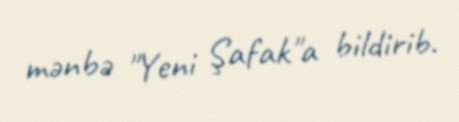
mənbə "Yeni Şafak"a bildirib.